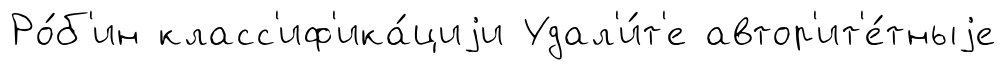
Ро́б'ин класс'иф'ика́циjи Удал'и́т'е автор'ит'е́тныjе